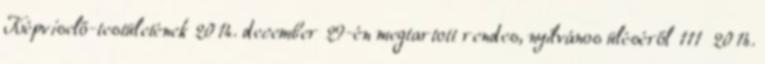
Képviselő-testületének 2014. december 29-én megtartott rendes, nyilvános üléséről 111 2014.